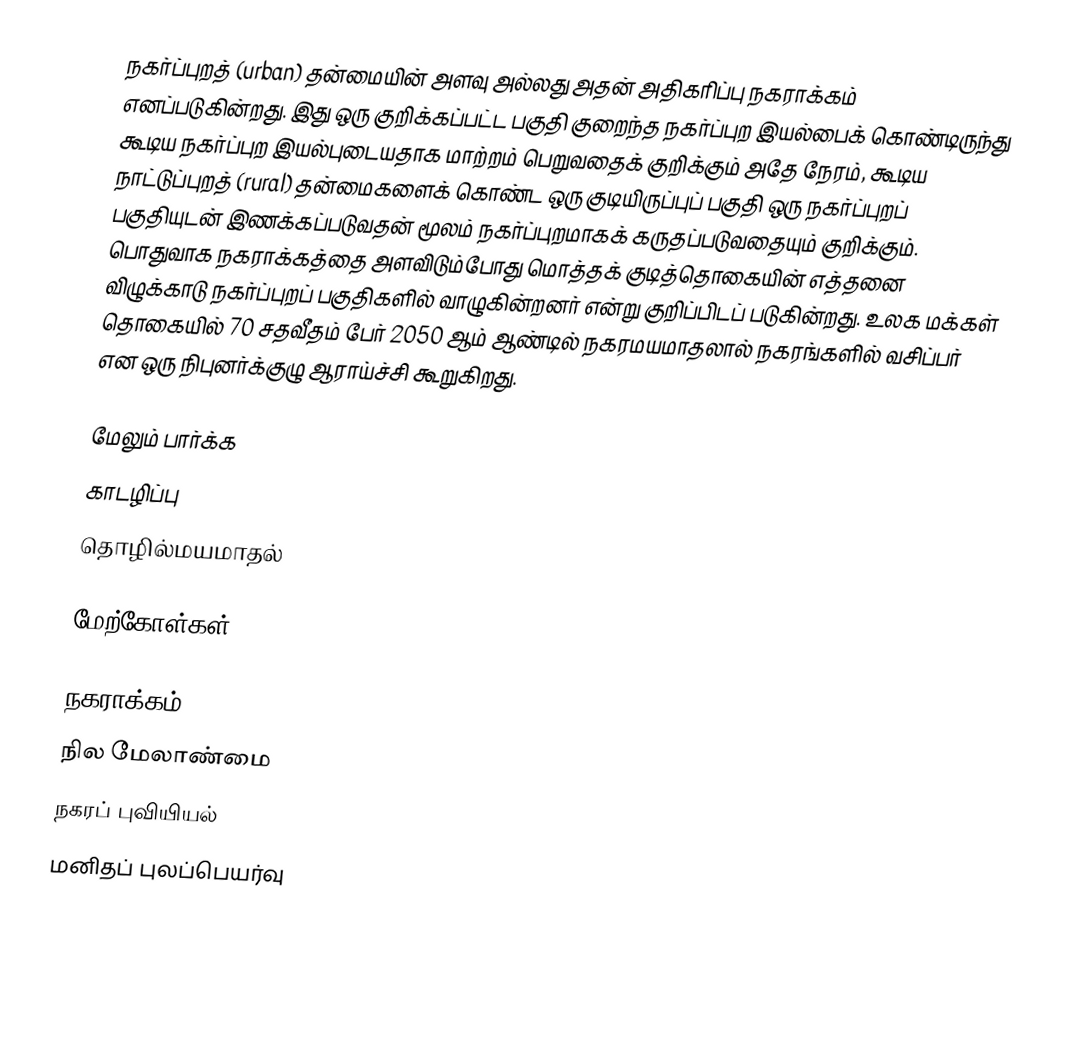
நகர்ப்புறத் (urban) தன்மையின் அளவு அல்லது அதன் அதிகரிப்பு நகராக்கம் எனப்படுகின்றது. இது ஒரு குறிக்கப்பட்ட பகுதி குறைந்த நகர்ப்புற இயல்பைக் கொண்டிருந்து கூடிய நகர்ப்புற இயல்புடையதாக மாற்றம் பெறுவதைக் குறிக்கும் அதே நேரம், கூடிய நாட்டுப்புறத் (rural) தன்மைகளைக் கொண்ட ஒரு குடியிருப்புப் பகுதி ஒரு நகர்ப்புறப் பகுதியுடன் இணக்கப்படுவதன் மூலம் நகர்ப்புறமாகக் கருதப்படுவதையும் குறிக்கும். பொதுவாக நகராக்கத்தை அளவிடும்போது மொத்தக் குடித்தொகையின் எத்தனை விழுக்காடு நகர்ப்புறப் பகுதிகளில் வாழுகின்றனர் என்று குறிப்பிடப் படுகின்றது. உலக மக்கள் தொகையில் 70 சதவீதம் பேர் 2050 ஆம் ஆண்டில் நகரமயமாதலால் நகரங்களில் வசிப்பர் என ஒரு நிபுனர்க்குழு ஆராய்ச்சி கூறுகிறது.

மேலும் பார்க்க
 காடழிப்பு
 தொழில்மயமாதல்

மேற்கோள்கள்

நகராக்கம்
நில மேலாண்மை
நகரப் புவியியல்
மனிதப் புலப்பெயர்வு